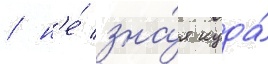
/ н'е́ зна́я куда́